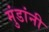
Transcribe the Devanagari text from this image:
मुंडांनी